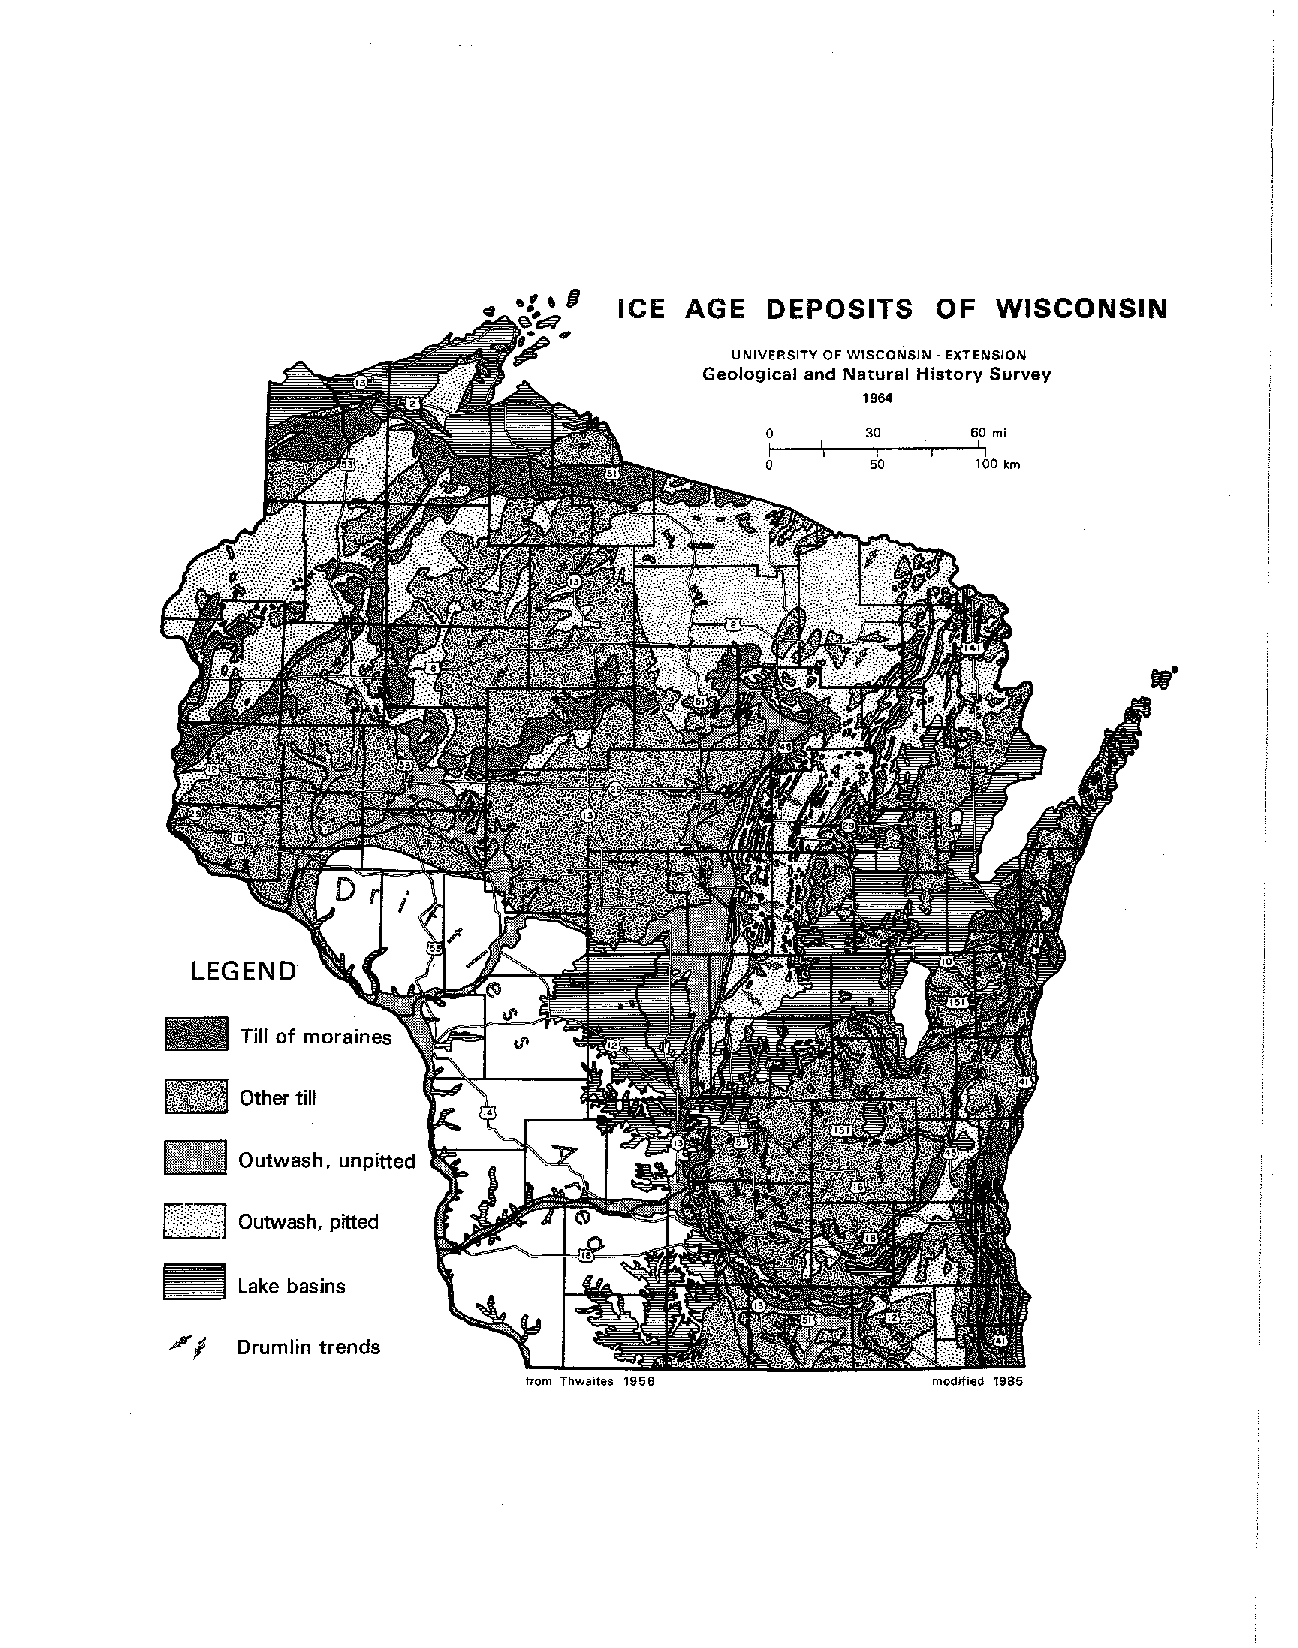
ICE AGE   DEPOSITS   OF  WISCONSIN
 UNIVERSITY OF WISCONSIN -EXTENSION
 Geological and Natural History Survey
 1964
 o     30     60 mi
 ---'r--,--'"r!
 1--',11
 o1-1
 5'0    100 km
 LEGEND
 _    Till of moraines
 Other till
 III
 Outwash, unpitted
 8;"@TI
 Outwash, pitted
 _    Lake basins
 ""'I
 Drumlin trends
 from Thwaites 1956         modified 1985